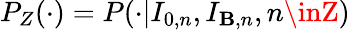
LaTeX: P_{Z}(\cdot)=P(\cdot|I_{0,n},I_{\mathbf{B},n},n\inZ)